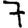
Digit: 7